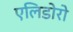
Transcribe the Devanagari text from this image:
एलिडोरो